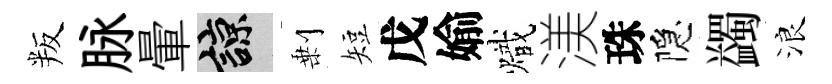
叛脉暈諒剰短戊媮熾渼珠隠蠲浪